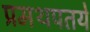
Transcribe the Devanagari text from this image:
प्रमथपतये